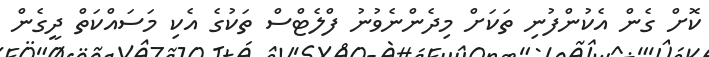
ކޮށް ގެން އެކުންފުނި ތަކަށް މިދެންނެވުނު ފްލެޓްސް ތަކުގެ އެކި މަސައްކަތް ދީގެން